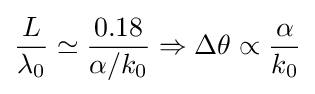
{\frac {L}{\lambda _{0}}}\simeq {\frac {0.18}{\alpha /k_{0}}}\Rightarrow \Delta \theta \propto {\frac {\alpha }{k_{0}}}